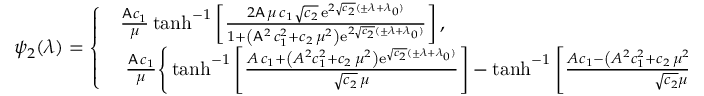
\psi _ { 2 } ( \lambda ) = \left\{ \begin{array} { l l } { \begin{array} { c } { \frac { \mathsf { A } c _ { 1 } } { \mu } \operatorname { t a n h } ^ { - 1 } \left[ \frac { 2 \mathsf { A } \, \mu \, c _ { 1 } \sqrt { c _ { 2 } } \, \mathrm { e } ^ { 2 \sqrt { c _ { 2 } } ( \pm \lambda + \lambda _ { 0 } ) } } { 1 + \left( \mathsf { A } ^ { 2 } \, c _ { 1 } ^ { 2 } + c _ { 2 } \, \mu ^ { 2 } \right) \mathrm { e } ^ { 2 \sqrt { c _ { 2 } } ( \pm \lambda + \lambda _ { 0 } ) } } \right] , \qquad \qquad \qquad \qquad \qquad \qquad \qquad \qquad \qquad \qquad \mathsf { A } < 0 \, , } \\ { \frac { \mathsf { A } \, c _ { 1 } } { \mu } \Bigg \{ \operatorname { t a n h } ^ { - 1 } \left[ \frac { A \, c _ { 1 } + \left( A ^ { 2 } c _ { 1 } ^ { 2 } + c _ { 2 } \, \mu ^ { 2 } \right) \mathrm { e } ^ { \sqrt { c _ { 2 } } ( \pm \lambda + \lambda _ { 0 } ) } } { \sqrt { c _ { 2 } } \, \mu } \right] - \operatorname { t a n h } ^ { - 1 } \left[ \frac { A c _ { 1 } - \left( A ^ { 2 } c _ { 1 } ^ { 2 } + c _ { 2 } \, \mu ^ { 2 } \right) \mathrm { e } ^ { \sqrt { c _ { 2 } } ( \pm \lambda + \lambda _ { 0 } ) } } { \sqrt { c _ { 2 } } \mu } \right] \Bigg \} \, , \quad \mathsf { A } > 0 \, . } \end{array} } \end{array} \right.